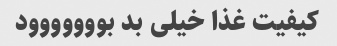
کیفیت غذا خیلی بد بووووووود